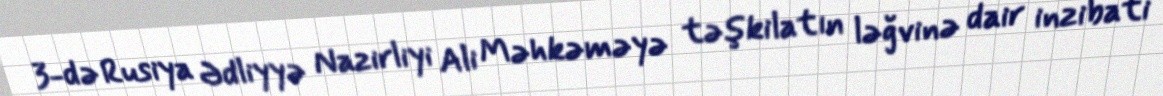
3-də Rusiya Ədliyyə Nazirliyi Ali Məhkəməyə təşkilatın ləğvinə dair inzibati